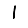
Digit: 1